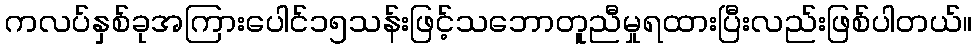
ကလပ်နှစ်ခုအကြားပေါင်၁၅သန်းဖြင့်သဘောတူညီမှုရထားပြီးလည်းဖြစ်ပါတယ်။